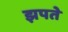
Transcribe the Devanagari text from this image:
झपते